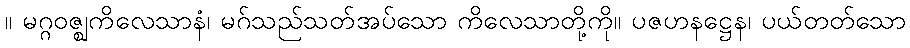
။ မဂ္ဂဝဇ္ဈကိလေသာနံ၊ မဂ်သည်သတ်အပ်သော ကိလေသာတို့ကို။ ပဇဟနဋ္ဌေန၊ ပယ်တတ်သော